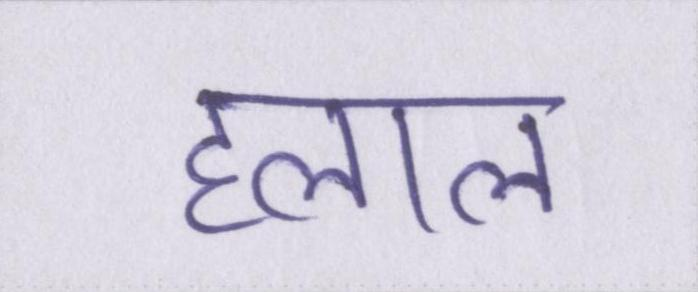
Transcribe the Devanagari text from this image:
हलाल